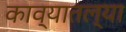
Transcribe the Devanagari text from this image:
काव्यातल्या